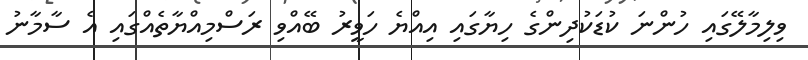
ވިލިމާލޭގައި ހުންނަ ކުޑަކުދިންގެ ހިޔާގައި އިއްޔެ ހަވީރު ބޭއްވި ރަސްމިއްޔާތެއްގައި އެ ސާމާނު